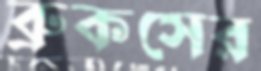
ব্রুকসের